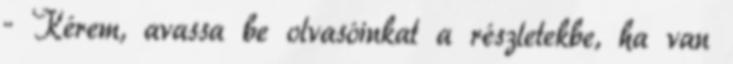
·· Kérem, avassa be olvasóinkat a részletekbe, ha van